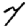
Digit: 7